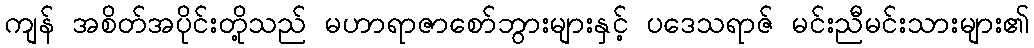
ကျန် အစိတ်အပိုင်းတို့သည် မဟာရာဇာစော်ဘွားများနှင့် ပဒေသရာဇ် မင်းညီမင်းသားများ၏